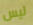
ليس